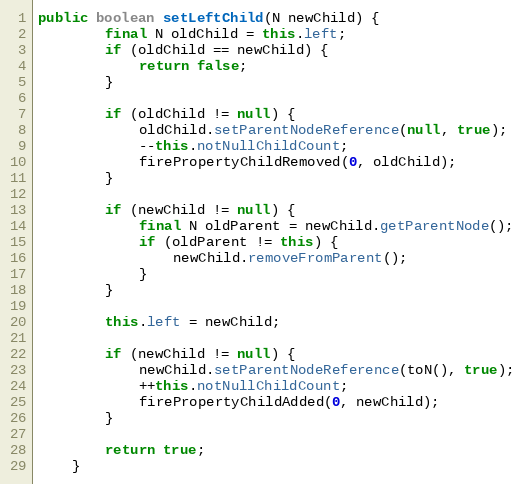
Language: Java
public boolean setLeftChild(N newChild) {
		final N oldChild = this.left;
		if (oldChild == newChild) {
			return false;
		}

		if (oldChild != null) {
			oldChild.setParentNodeReference(null, true);
			--this.notNullChildCount;
			firePropertyChildRemoved(0, oldChild);
		}

		if (newChild != null) {
			final N oldParent = newChild.getParentNode();
			if (oldParent != this) {
				newChild.removeFromParent();
			}
		}

		this.left = newChild;

		if (newChild != null) {
			newChild.setParentNodeReference(toN(), true);
			++this.notNullChildCount;
			firePropertyChildAdded(0, newChild);
		}

		return true;
	}